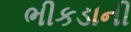
ભીકડાની